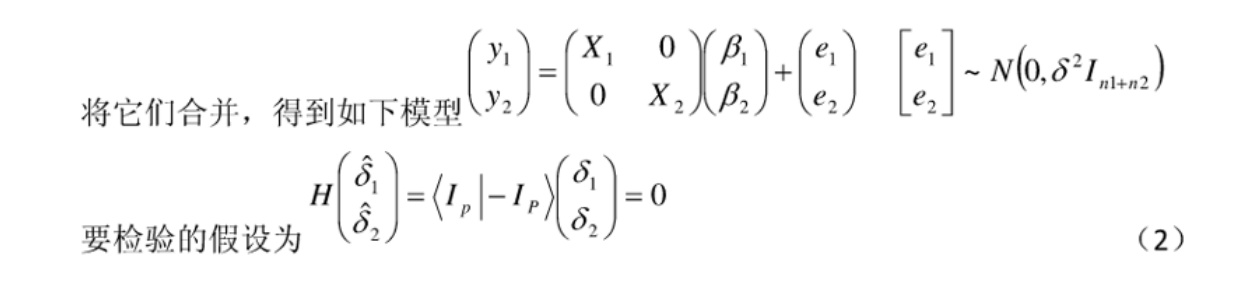
将它们合并，得到如下模型
\[
\begin{pmatrix}
y_1 \\
y_2
\end{pmatrix}
=
\begin{pmatrix}
X_1 & 0 \\
0 & X_2
\end{pmatrix}
\begin{pmatrix}
\beta_1 \\
\beta_2
\end{pmatrix}
+
\begin{pmatrix}
e_1 \\
e_2
\end{pmatrix}
\quad
\begin{bmatrix}
e_1 \\
e_2
\end{bmatrix}
\sim N(0, \delta^2 I_{n1 + n2})
\]
要检验的假设为
\[
H
\begin{pmatrix}
\hat{\delta}_1 \\
\hat{\delta}_2
\end{pmatrix}
=
\begin{pmatrix}
I_p & -I_p
\end{pmatrix}
\begin{pmatrix}
\delta_1 \\
\delta_2
\end{pmatrix}
= 0
\]
（2）